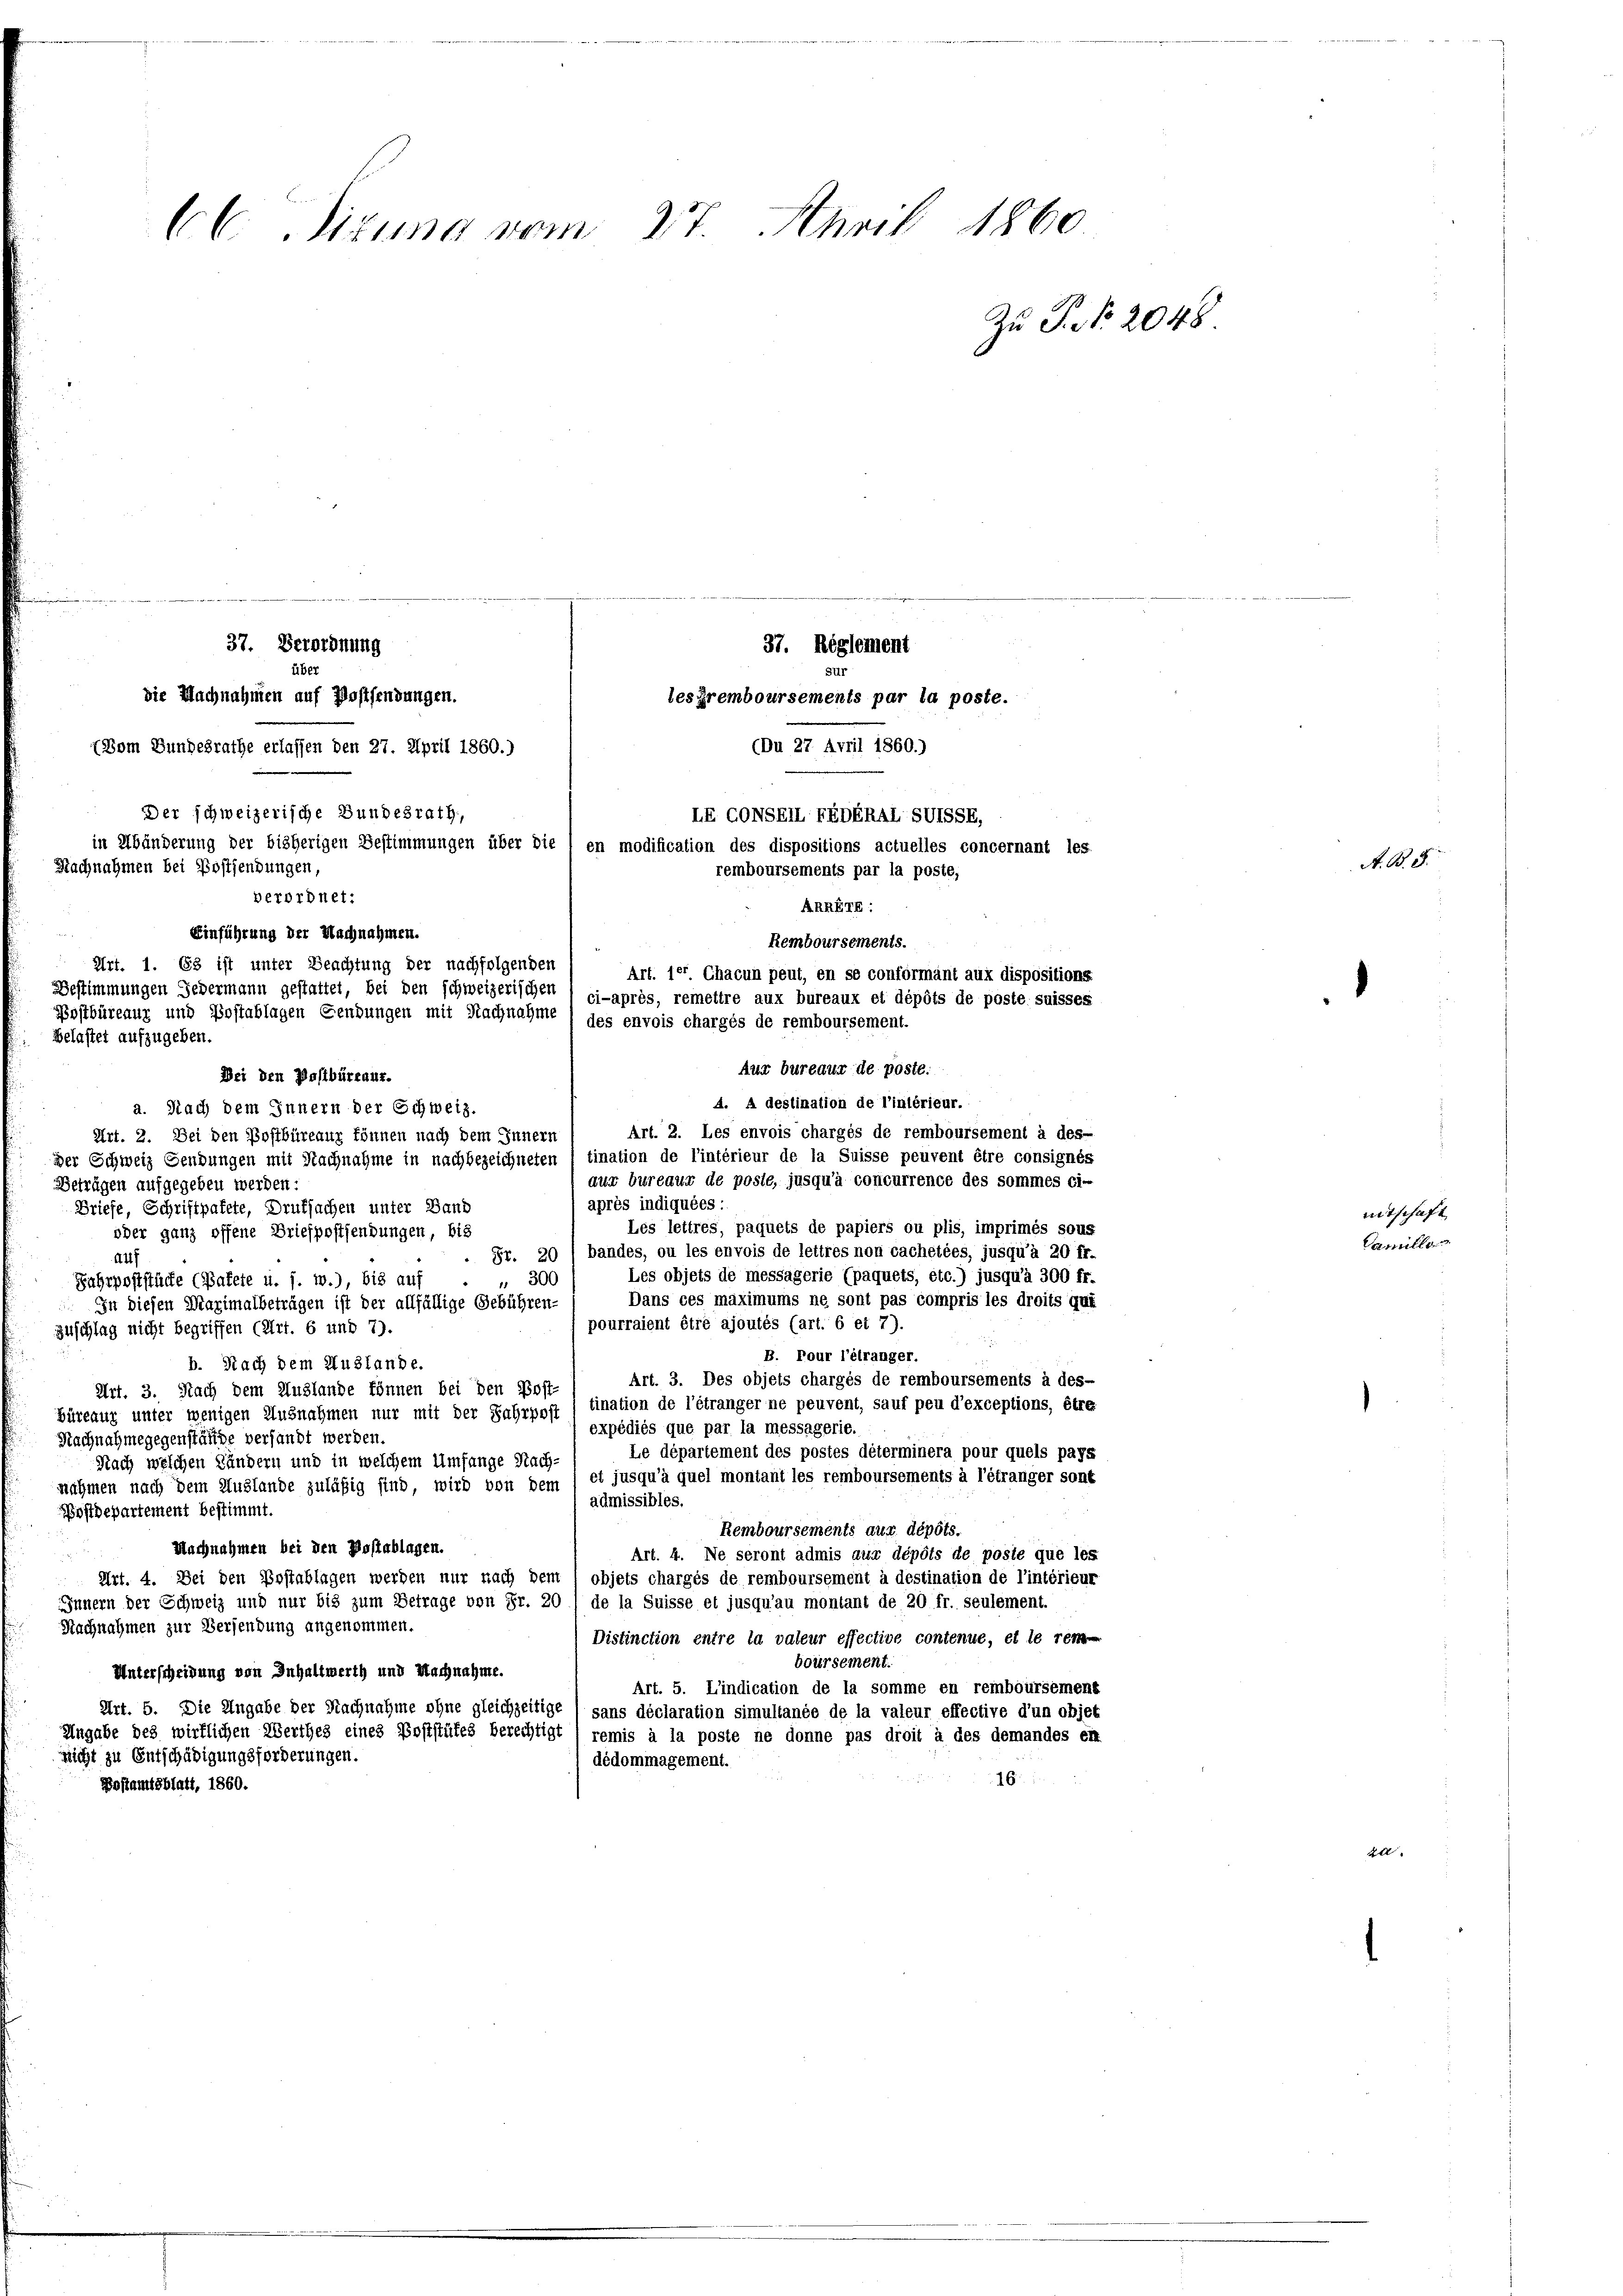
66 Sitzung vom 27. April 1860
Zu P. Nr. 2048

(Du 27. April 1860.)
(Vom Bundesrathe erlassen den 27. April 1860.)
Der schweizerische Bundesrath,
LE CONSEILFEDERAL SUISSE,
in Abänderung der bisherigen Bestimmungen über die 1 en modification des dispositions actuelles concernant les-
Nachnahmen bei Postsendungen,
remboursements par la poste,
berordnet:
ARRErE:
Einführung der Nachnahmen.
Remboursements.
Art. 1. 63 ist unter Beachtung der nachfolgenden
Art. jer. Chacun peut, en se conformant aux dispositions.
Bestimmungen Gedermann gestattet, bei den schweizerischen
ci-après, remettre aux bureaux et dépôts de poste suisses
Postbüreaux und Postablagen Gendungen mit Nachnahme ) des envois chargés de remboursement.
Belastet aufzugeben.
Auf bureaux de poste.
Bei den Postbüreaux.

37. Verordnung
37. Reglement
über
die Nachnahmen auf Postfendungen.
lesGremboursements par la poste.
A. A destination de l’intérieur.
a. Nach dem Innern der Schweiz.
Art. 2. Les envois chargés de remboursement à des-
Art. 2. Bei den Postbüreauz können nach dem Innern
der Schweiz Gendungen mit Nachnahme in nachbezeichneten (tination de l’intérieur de la Suisse peuvent être consignés
aur bureaux de poste, jusqu’à concurrence des sommes ci-
Betrügen aufgegeben werden:
après indiquées:
Briefe, Schriftpatete, Drufsachen unter Land
Les lettres, paquets de papiers ou plis, imprimés sous
oder ganz offene Briefpostendungen, bis
Fr. 20 / bandes, ou les envois de lettres non cachetées, jusqu’à 20 ff.
Auf
Les objets de messagerie (paquets, etc.) jusqu’à 300 fr.
" 300
Fahrpoststücke (Pakete u. s. w.), bis auf
Dans ces maximums ne sont pas compris les droits qui
In diesen Maximalbeträgen ist der allfällige Gebühren-
pourraient être ajoutés (art. 6 et 7).
zuschlag nicht begriffen (Art. 6 und 7).
B. Pour l’étranger.
b. Nach dem Auslande.
Art. 3. Des objets chargés de remboursements à des-
Art. 3. Nach dem Auslande können bei den Post-
Büreaux unter wenigen Ausnahmen nur mit der Fahrpost ) tination de l’étranger ne peuvent, sauf peu d’exceptions, être
expédiés que par la messagerie.
Nachnahmegegenstände versandt werden.
Le département des postes déterminera pour quels pays
Nach welchen Ländern und in welchem Umfange Nach-
et jusqu’à quel montant les remboursements à l’étranger sont
nahmen nach dem Auslande zuläßig sind, wird von dem
admissibles.
Bostdepartement bestimmt.
Remboursements aux dépôts.
Nachnahmen bei den Postablagen.
u
Art. 4. Ne seront admis aux dépôts de poste que les
Art. 4. Bei den Postablagen werden nur nach dem / objets chargés de remboursement à destination de l’intérieur
Innern der Schweiz und nur bis zum Betrage von Fr. 20
de la Suisse et jusqu’au montant de 20 fr. seulement.
Nachnahmen zur Versendung angenommen.
Distinction entre la valeur effective contenue, et le rem-
boursement.
Unterscheidung von Inhaltwerth und Nachnahme.
Art. 5. L’indication de la somme en remboursement
Art. 5. Die Angabe der Nachnahme ohne gleichzeitige
sans déclaration simultanée de la valeur effective d’un objet
Angabe des wirklichen Werthes eines Poststüfes berechtigt ( remis à la poste ne donne pas droit à des demandes et
nicht zu Entschädigungsforderungen.
dédommagement.
16
Bostamtsblatt, 1860.

A. B. 3.

mitschaft
Camille